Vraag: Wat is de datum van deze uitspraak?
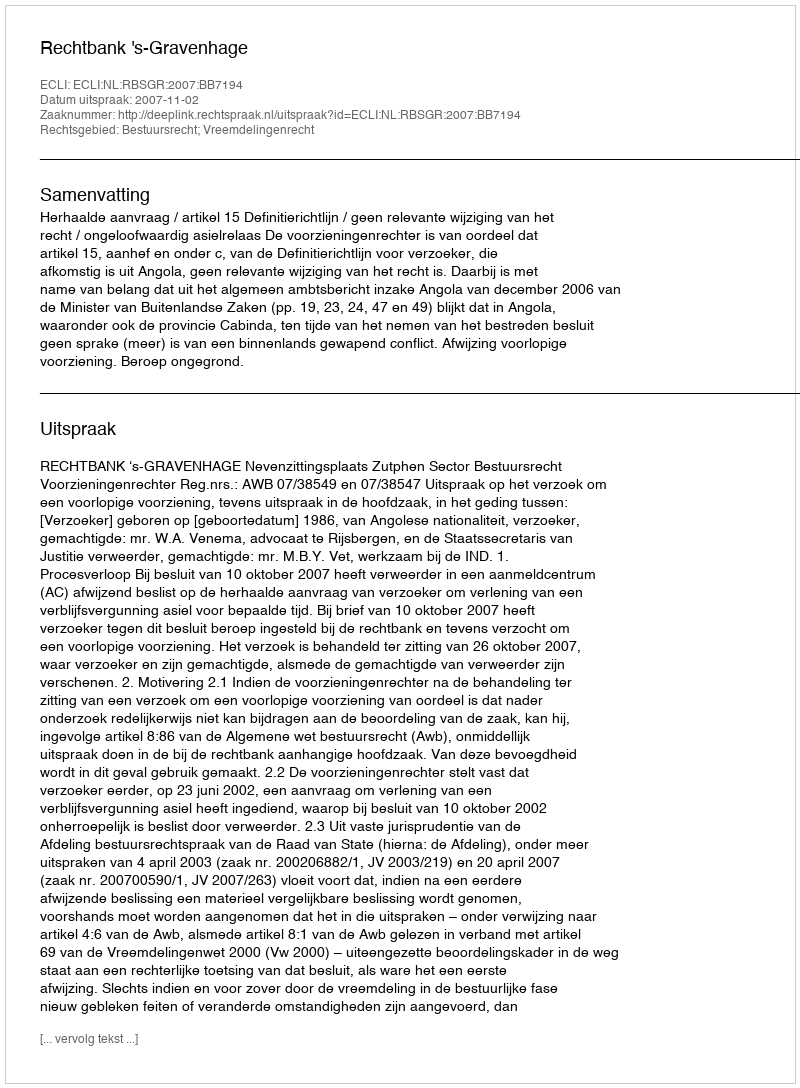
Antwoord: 2007-11-02